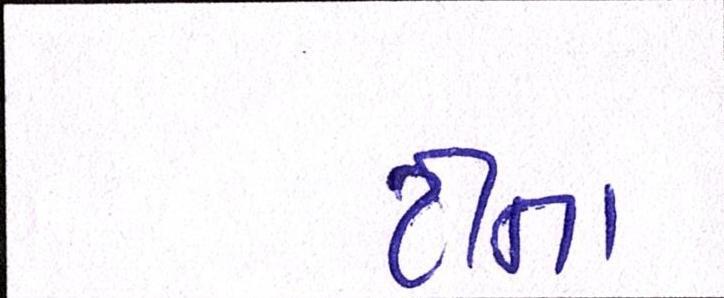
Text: ટીના